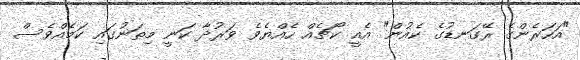
"އަހަރެންގެ ރޭގަނޑުގެ ކެއުން" އެއީ ކޯޗެއް ހެއްޔެވެ ވަރުދާ ކަނީ މިތަނުގައި ކަމެއްވެސް